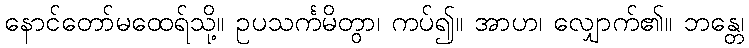
နောင်တော်မထေရ်သို့။ ဥပသင်္ကမိတွာ၊ ကပ်၍။ အာဟ၊ လျှောက်၏။ ဘန္တေ၊